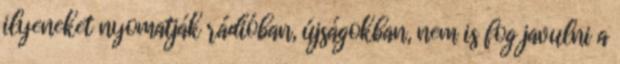
ilyeneket nyomatják rádióban, újságokban, nem is fog javulni a